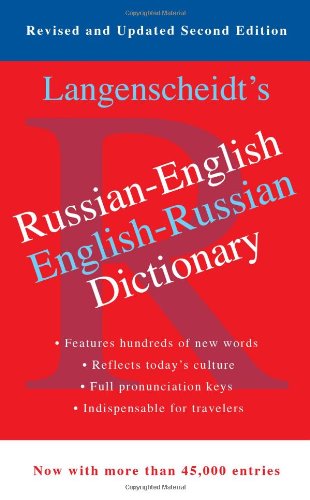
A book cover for Russian-English Dictionary; Langenscheidt Editorial Staff; Reference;